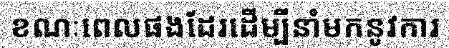
ខណៈពេលផងដែរដើម្បីនាំមកនូវការ